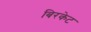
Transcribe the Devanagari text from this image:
बिरकेट